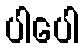
ပါပေါ